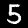
Label: 5